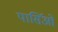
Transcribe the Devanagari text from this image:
पार्सिओ